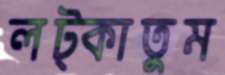
লট্‌কাতুম